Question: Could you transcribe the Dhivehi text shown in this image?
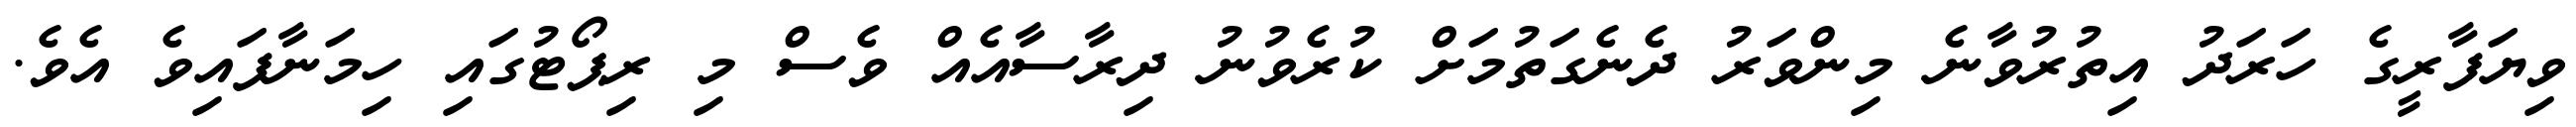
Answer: ވިޔަފާރީގެ ހަރަދު އިތުރުވާނެ މިންވަރު ދެނެގަތުމަށް ކުރެވުނު ދިރާސާއެއް ވެސް މި ރިޕޯޓުގައި ހިމަނާފައިވެ އެވެ.